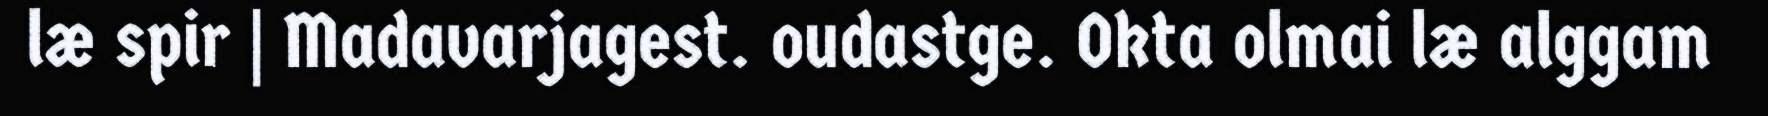
læ spir | Madavarjagest. oudastge. Okta olmai læ alggam